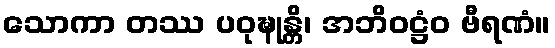
သောကာ တဿ ပဝုဍ္ဎုန္တိ၊ အဘိဝဋ္ဌံဝ ဗီရဏံ။